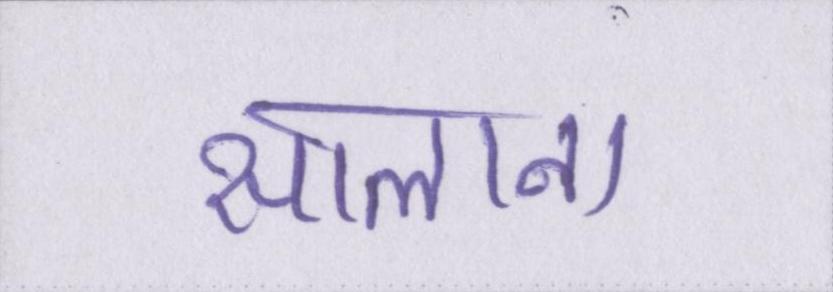
सालाना